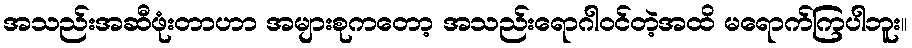
အသည်းအဆီဖုံးတာဟာ အများစုကတော့ အသည်းရောဂါဝင်တဲ့အထိ မရောက်ကြပါဘူး။